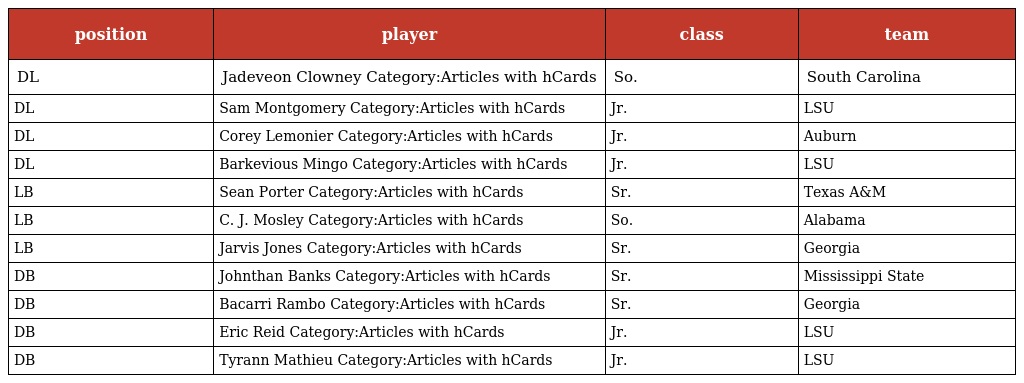
| position | player | class | team |
 | --- | --- | --- | --- |
 | DL | Jadeveon Clowney Category:Articles with hCards | So. | South Carolina |
 | DL | Sam Montgomery Category:Articles with hCards | Jr. | LSU |
 | DL | Corey Lemonier Category:Articles with hCards | Jr. | Auburn |
 | DL | Barkevious Mingo Category:Articles with hCards | Jr. | LSU |
 | LB | Sean Porter Category:Articles with hCards | Sr. | Texas A&M |
 | LB | C. J. Mosley Category:Articles with hCards | So. | Alabama |
 | LB | Jarvis Jones Category:Articles with hCards | Sr. | Georgia |
 | DB | Johnthan Banks Category:Articles with hCards | Sr. | Mississippi State |
 | DB | Bacarri Rambo Category:Articles with hCards | Sr. | Georgia |
 | DB | Eric Reid Category:Articles with hCards | Jr. | LSU |
 | DB | Tyrann Mathieu Category:Articles with hCards | Jr. | LSU |